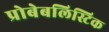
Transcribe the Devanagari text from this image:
प्रोबेबलिस्टिक